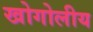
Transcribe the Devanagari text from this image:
खोगोलीय